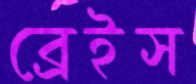
ব্রেইস